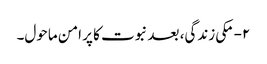
۲- مکی زندگی، بعد نبوت کا پر امن ماحول۔